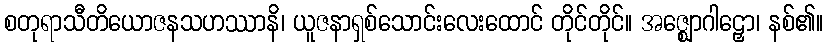
စတုရာသီတိယောဇနသဟဿာနိ၊ ယူဇနာရှစ်သောင်းလေးထောင် တိုင်တိုင်။ အဇ္ဈောဂါဠှော၊ နစ်၏။